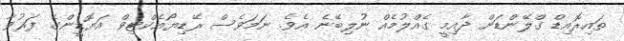
ތައިރޮއިޑް ގްލޭންޑަށް ދާއިމީ ގެއްލުމެއް ނުލިބޭނެ އެވެ. ނަމަވެސް ރޭޑިޔޯއެކްޓިވް އަޔޮޑީންގެ ފަރުވާ